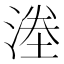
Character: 𭱜